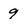
Character: 9